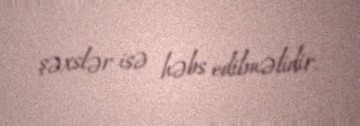
şəxslər isə həbs edilməlidir.